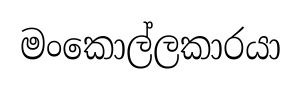
මංකොල්ලකාරයා